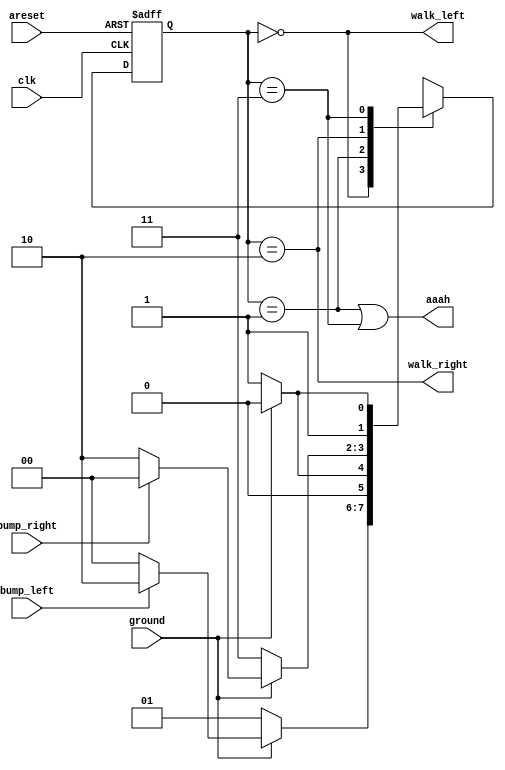
module top_module(
    input clk,
    input areset,    // Freshly brainwashed Lemmings walk left.
    input bump_left,
    input bump_right,
    input ground,
    output walk_left,
    output walk_right,
	output aaah); //  

    parameter LEFT_W=0, LEFT_F=1, RIGHT_W=2, RIGHT_F=3;//, ...
    reg [1:0] state, next_state;

    always @(*) begin
        // State transition logic
        case(state)
            LEFT_W: next_state<=(~ground)?LEFT_F:((bump_left)?RIGHT_W:LEFT_W);
            LEFT_F: next_state<=(ground)?LEFT_W:LEFT_F;
            RIGHT_W: next_state<=(~ground)?RIGHT_F:((bump_right)?LEFT_W:RIGHT_W);
            RIGHT_F: next_state<=(ground)?RIGHT_W:RIGHT_F;
        endcase            
    end

    always @(posedge clk, posedge areset) begin
        // State flip-flops with asynchronous reset
        if(areset)
            state<=LEFT_W;
        else
            state<=next_state;
    end

    // Output logic
    assign aaah = (state == LEFT_F || state == RIGHT_F);
    assign walk_left = (state == LEFT_W);
    assign walk_right = (state == RIGHT_W);

endmodule